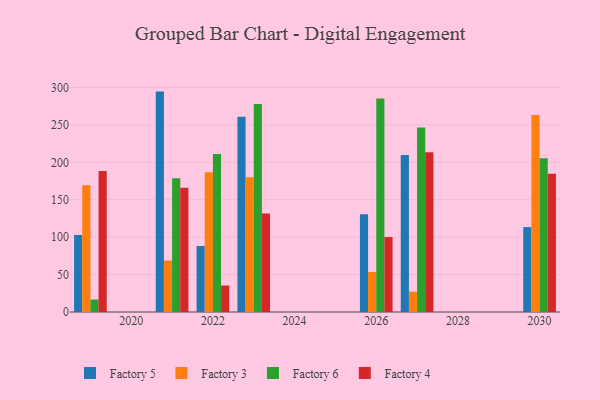
{"axis": {"x": "Year", "y": "Net Income (USD K)"}, "legend": ["Factory 3", "Factory 4", "Factory 5", "Factory 6"], "data": [{"x": "2023", "y": 260.9, "type": "Factory 5"}, {"x": "2023", "y": 180.1, "type": "Factory 3"}, {"x": "2023", "y": 278.0, "type": "Factory 6"}, {"x": "2023", "y": 131.5, "type": "Factory 4"}, {"x": "2021", "y": 294.5, "type": "Factory 5"}, {"x": "2021", "y": 68.8, "type": "Factory 3"}, {"x": "2021", "y": 178.8, "type": "Factory 6"}, {"x": "2021", "y": 166.0, "type": "Factory 4"}, {"x": "2022", "y": 88.2, "type": "Factory 5"}, {"x": "2022", "y": 186.8, "type": "Factory 3"}, {"x": "2022", "y": 211.2, "type": "Factory 6"}, {"x": "2022", "y": 35.4, "type": "Factory 4"}, {"x": "2027", "y": 209.7, "type": "Factory 5"}, {"x": "2027", "y": 27.1, "type": "Factory 3"}, {"x": "2027", "y": 246.4, "type": "Factory 6"}, {"x": "2027", "y": 213.5, "type": "Factory 4"}, {"x": "2030", "y": 113.5, "type": "Factory 5"}, {"x": "2030", "y": 263.3, "type": "Factory 3"}, {"x": "2030", "y": 205.6, "type": "Factory 6"}, {"x": "2030", "y": 184.6, "type": "Factory 4"}, {"x": "2019", "y": 103.0, "type": "Factory 5"}, {"x": "2019", "y": 169.4, "type": "Factory 3"}, {"x": "2019", "y": 16.7, "type": "Factory 6"}, {"x": "2019", "y": 188.5, "type": "Factory 4"}, {"x": "2026", "y": 130.5, "type": "Factory 5"}, {"x": "2026", "y": 53.5, "type": "Factory 3"}, {"x": "2026", "y": 285.4, "type": "Factory 6"}, {"x": "2026", "y": 100.2, "type": "Factory 4"}]}